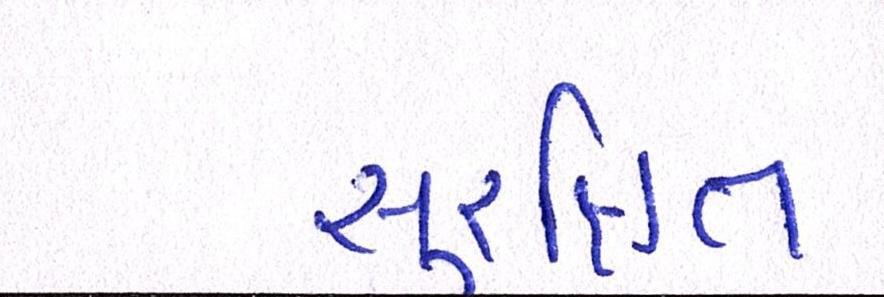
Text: સુરક્ષિત